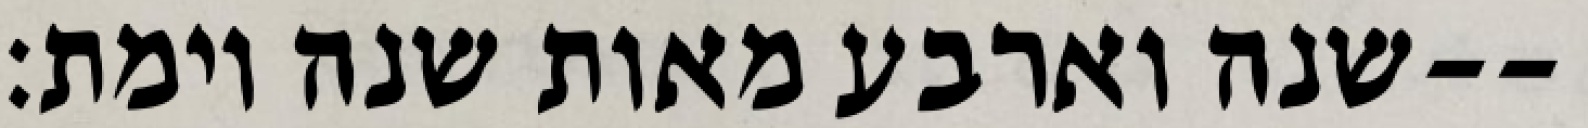
שנה וארבע מאות שנה וימת׃--